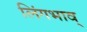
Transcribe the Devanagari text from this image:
लिंगभाव्